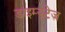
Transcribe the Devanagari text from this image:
डाइम्युटेज़